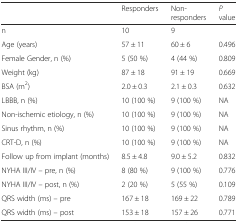
|  | Responders | Non-responders | P value |
 | --- | --- | --- | --- |
 | n | 10 | 9 |  |
 | Age (years) | 57 ± 11 | 60 ± 6 | 0.496 |
 | Female Gender, n (%) | 5 (50 %) | 4 (44 %) | 0.809 |
 | Weight (kg) | 87 ± 18 | 91 ± 19 | 0.669 |
 | BSA (m2) | 2.0 ± 0.3 | 2.1 ± 0.3 | 0.632 |
 | LBBB, n (%) | 10 (100 %) | 9 (100 %) | NA |
 | Non-ischemic etiology, n (%) | 10 (100 %) | 9 (100 %) | NA |
 | Sinus rhythm, n (%) | 10 (100 %) | 9 (100 %) | NA |
 | CRT-D, n (%) | 10 (100 %) | 9 (100 %) | NA |
 | Follow up from implant (months) | 8.5 ± 4.8 | 9.0 ± 5.2 | 0.832 |
 | NYHA III/IV – pre, n (%) | 8 (80 %) | 9 (100 %) | 0.776 |
 | NYHA III/IV – post, n (%) | 2 (20 %) | 5 (55 %) | 0.109 |
 | QRS width (ms) – pre | 167 ± 18 | 169 ± 22 | 0.789 |
 | QRS width (ms) – post | 153 ± 18 | 157 ± 26 | 0.771 |